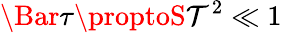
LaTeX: \Bar{\tau}\proptoS\mathcal{T}^{2}\ll1